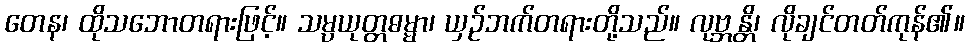
တေန၊ ထိုသဘောတရားဖြင့်။ သမ္ပယုတ္တဓမ္မာ၊ ယှဉ်ဘက်တရားတို့သည်။ လုဗ္ဘန္တိ၊ လိုချင်တတ်ကုန်၏။